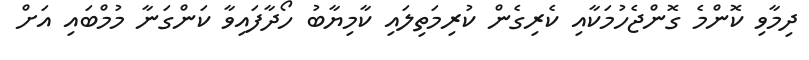
ދިމާވި ކޮންމެ ގޮންޖެހުމަކާއި ކެރިގެން ކުރިމަތިލައި ކާމިޔާބު ހޯދާފައިވާ ކަންގަނާ މުމްބައި އަށް